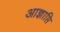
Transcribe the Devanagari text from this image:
आज्ञाप्ति